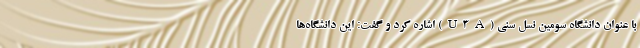
با عنوان دانشگاه سومین نسل سنی (U3A) اشاره کرد و گفت: این دانشگاه‌ها